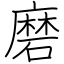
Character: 磨